Annual administration and progress report of the Indian Medical Department, Bombay
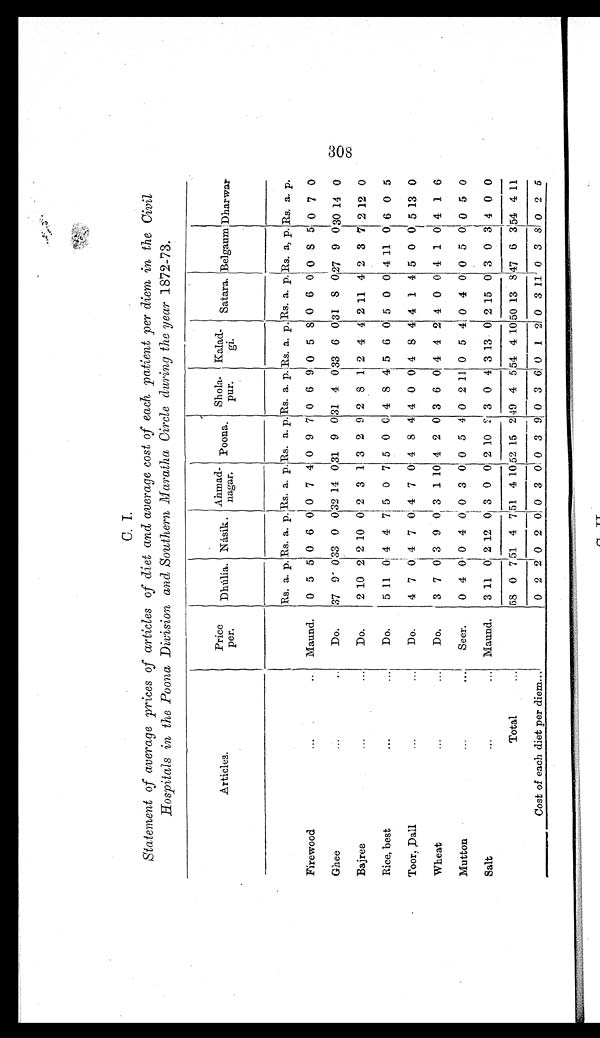
C. I.
Statement of average prices of articles of diet and average cost of each patient per diem in the Civil
Hospitals in the Poona Division and Southern Maratha Circle during the year 1872-73.
Articles.
Price
per.
Dhúlía. Násik.
Ahmad-
nagar.
Poona.
Shola-
pur.
Kalad-
gi .
Satara. Belgaum Dharwar
Rs. a. p. Rs. a.
p . Rs. a. p. Rs. a. p. Rs. a. p. Rs. a. p. Rs. a.
p.
Rs. a, p. Rs. a. p.
Firewood . . .
Maund.
0
5
5 0
6
0
0
7
4
0
9
7
0
6
9 0
5
8
0 6
0 0
8
5
0
7
0
G h e e . . .
Do.
37 9
0
33 0
0
32 14
0
3 1
9
0
31 4
0 33 6
0
31
8
0
27 9
0
3 0 14 0
B a j r e e . . .
Do.
2 10 2 2 10 0 2 3
1 3 2 9 2 8 1 2 4 4 2
1 1 4 2 3 7 2 12 0
Rice, best . . .
Do.
5 11 0 4 4 7 5 0 7 5 0
0 4 8
4 5 6 0 5 0 0 4 11 0 6 0 5
Toor, Dall . . .
Do.
4 7 0 4 7 0 4 7 0 4 8 4 4 0 0 4 8 4 4 1 4 5 0 0 5 13 0
W h e a t . . .
Do.
3 7 0 3 9 0
3
1 10 4 2 0 3 6 0 4 4 2 4 0 0 4 1 0 4 1 6
Mutton . . .
Seer.
0
4 0 0
4
0
0
3
0
0
5
4
0
2
1 1
0
5
4
0 4
0 0
5
0
0
5
0
Salt
.
.
. Maund.
3 11 0 2 12
0 3 0 0 2 10
2 3 0 4 3 13 0 2 15 0 3 0 3 4 0 0
Total . . .
58 0 7 51 4 7 51 4 10
5 2 15
2 49 4
5 54
4 10 50
1 3
8
47 6
3
5 4 4 11
Cost of each diet per diem . . .
0 2
2 0 2 0 0 3 0 0 3 9 0 3 6 0 1 2 0 3 11 0
3 8 0 2 5